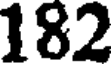
182